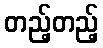
တည့်တည့်